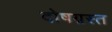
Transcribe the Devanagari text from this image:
दोषग्रस्त